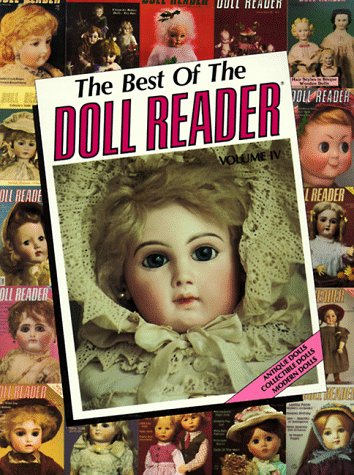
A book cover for Best of the Doll Reader (Volume 4); Crafts, Hobbies & Home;